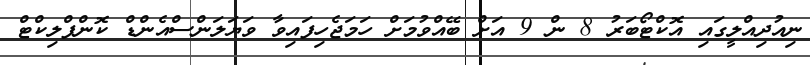
ނިއުދިއްލީގައި އޮކްޓޯބަރު 8 ން 9 އަށް ބޭއްވުމަށް ހަމަޖެހިފައިވާ ވަޔަލަންސްއެންޑް ކޮންފްލިކްޓް